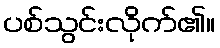
ပစ်သွင်းလိုက်၏။